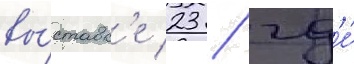
вы́ставк'е 23 / гд'е́